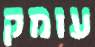
עומק